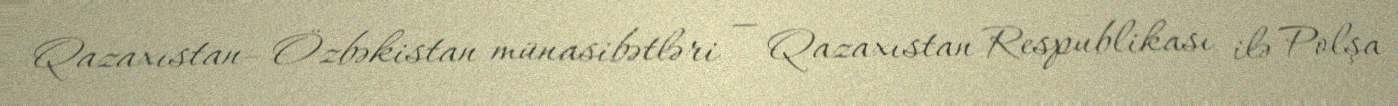
Qazaxıstan–Özbəkistan münasibətləri — Qazaxıstan Respublikası ilə Polşa